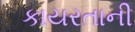
કાયરતાની